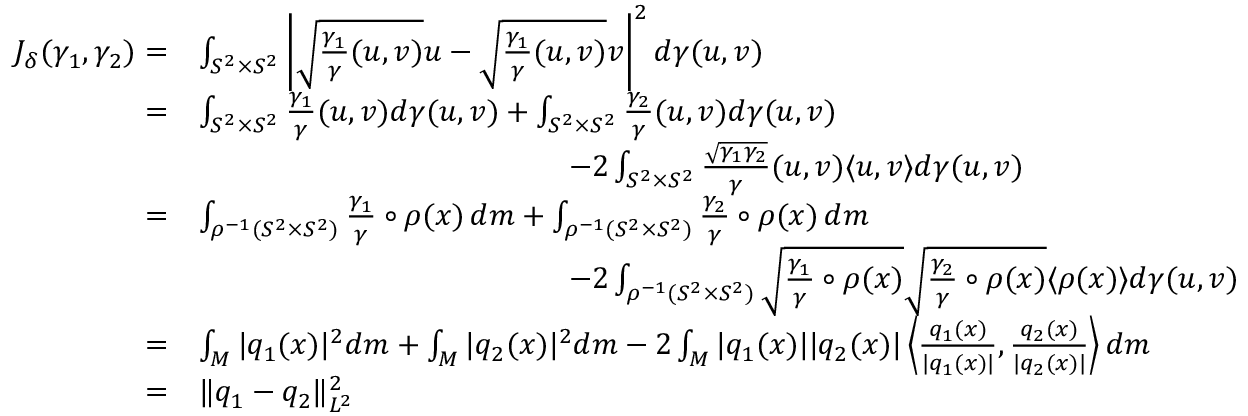
\begin{array} { r l } { J _ { \delta } ( \gamma _ { 1 } , \gamma _ { 2 } ) = } & { \int _ { S ^ { 2 } \times S ^ { 2 } } \left| \sqrt { \frac { \gamma _ { 1 } } { \gamma } ( u , v ) } u - \sqrt { \frac { \gamma _ { 1 } } { \gamma } ( u , v ) } v \right| ^ { 2 } d \gamma ( u , v ) } \\ { = } & { \int _ { S ^ { 2 } \times S ^ { 2 } } \frac { \gamma _ { 1 } } { \gamma } ( u , v ) d \gamma ( u , v ) + \int _ { S ^ { 2 } \times S ^ { 2 } } \frac { \gamma _ { 2 } } { \gamma } ( u , v ) d \gamma ( u , v ) } \\ & { \qquad \qquad \qquad \qquad \qquad \qquad - 2 \int _ { S ^ { 2 } \times S ^ { 2 } } \frac { \sqrt { \gamma _ { 1 } \gamma _ { 2 } } } { \gamma } ( u , v ) \langle u , v \rangle d \gamma ( u , v ) } \\ { = } & { \int _ { \rho ^ { - 1 } ( S ^ { 2 } \times S ^ { 2 } ) } \frac { \gamma _ { 1 } } { \gamma } \circ \rho ( x ) \, d m + \int _ { \rho ^ { - 1 } ( S ^ { 2 } \times S ^ { 2 } ) } \frac { \gamma _ { 2 } } { \gamma } \circ \rho ( x ) \, d m } \\ & { \qquad \qquad \qquad \qquad \qquad \qquad - 2 \int _ { \rho ^ { - 1 } ( S ^ { 2 } \times S ^ { 2 } ) } \sqrt { \frac { \gamma _ { 1 } } { \gamma } \circ \rho ( x ) } \sqrt { \frac { \gamma _ { 2 } } { \gamma } \circ \rho ( x ) } \langle \rho ( x ) \rangle d \gamma ( u , v ) } \\ { = } & { \int _ { M } | { q _ { 1 } } ( x ) | ^ { 2 } d m + \int _ { M } | q _ { 2 } ( x ) | ^ { 2 } d m - 2 \int _ { M } | { q _ { 1 } } ( x ) | | q _ { 2 } ( x ) | \left\langle \frac { { q _ { 1 } } ( x ) } { | { q _ { 1 } } ( x ) | } , \frac { q _ { 2 } ( x ) } { | q _ { 2 } ( x ) | } \right\rangle d m } \\ { = } & { \| { q _ { 1 } } - q _ { 2 } \| _ { L ^ { 2 } } ^ { 2 } } \end{array}